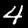
Digit: 4